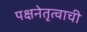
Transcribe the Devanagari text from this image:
पक्षनेतृत्वाची